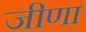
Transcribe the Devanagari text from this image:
जीणा